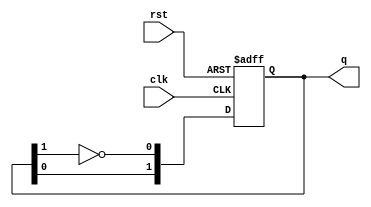
module dual_stage_johnson_counter (
    input wire clk,      // Clock input
    input wire rst,      // Reset input
    output reg [1:0] q   // 2-bit output representing the counter state
);

// Sequential logic to implement the Dual-stage Johnson Counter
always @(posedge clk or posedge rst) begin
    if (rst) begin
        // Reset state
        q <= 2'b00; // Initialize both flip-flops to zero
    end else begin
        // State transition logic for the Johnson counter
        q[1] <= q[0];          // Shift Q1 to Q2
        q[0] <= ~q[1];         // Invert Q2 and feed back to Q1
    end
end

endmodule